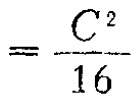
$=\frac{C^{2}}{16}$